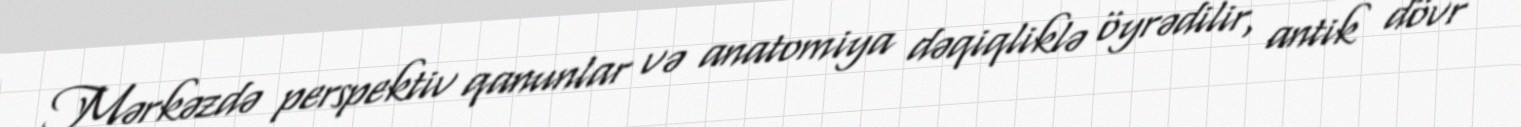
Mərkəzdə perspektiv qanunlar və anatomiya dəqiqliklə öyrədilir, antik dövr